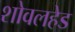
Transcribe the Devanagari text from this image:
शोवलहेड